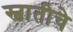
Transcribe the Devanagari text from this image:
स्वातीचे